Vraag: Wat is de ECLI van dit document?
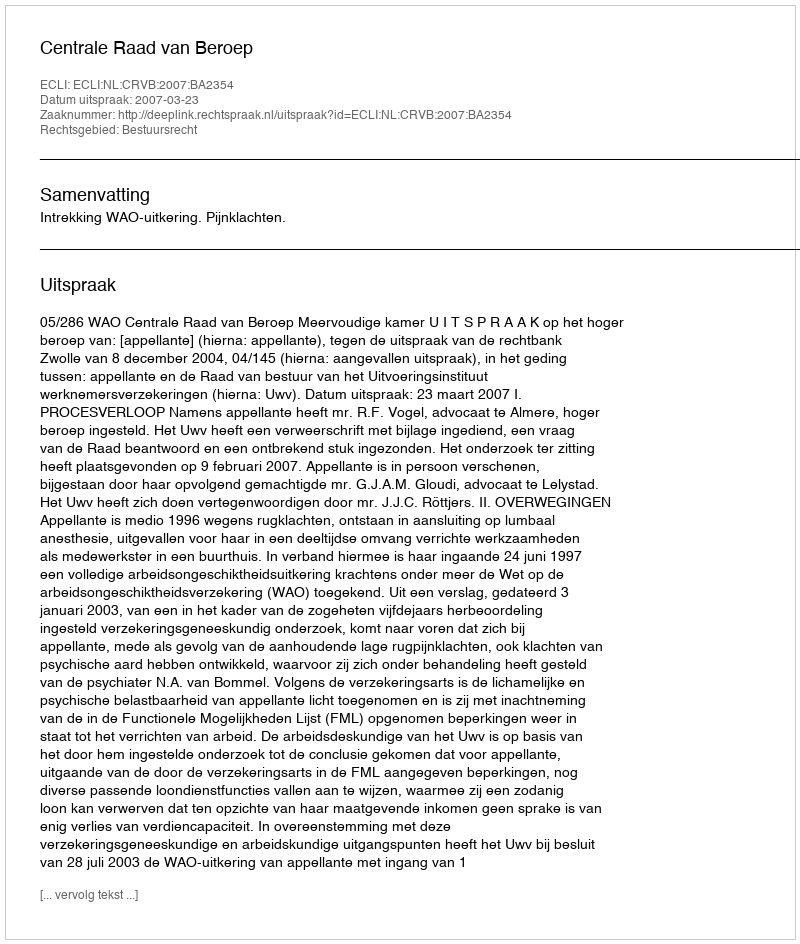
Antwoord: ECLI:NL:CRVB:2007:BA2354